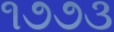
૧૭૭૩